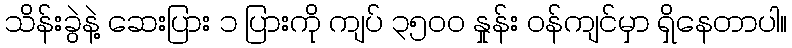
သိန်းခွဲနဲ့ ဆေးပြား ၁ ပြားကို ကျပ် ၃၅၀၀ နှုန်း ဝန်ကျင်မှာ ရှိနေတာပါ။